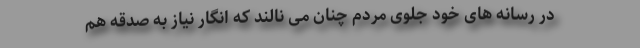
در رسانه های خود جلوی مردم چنان می نالند که انگار نیاز به صدقه هم